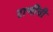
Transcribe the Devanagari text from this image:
राणींची